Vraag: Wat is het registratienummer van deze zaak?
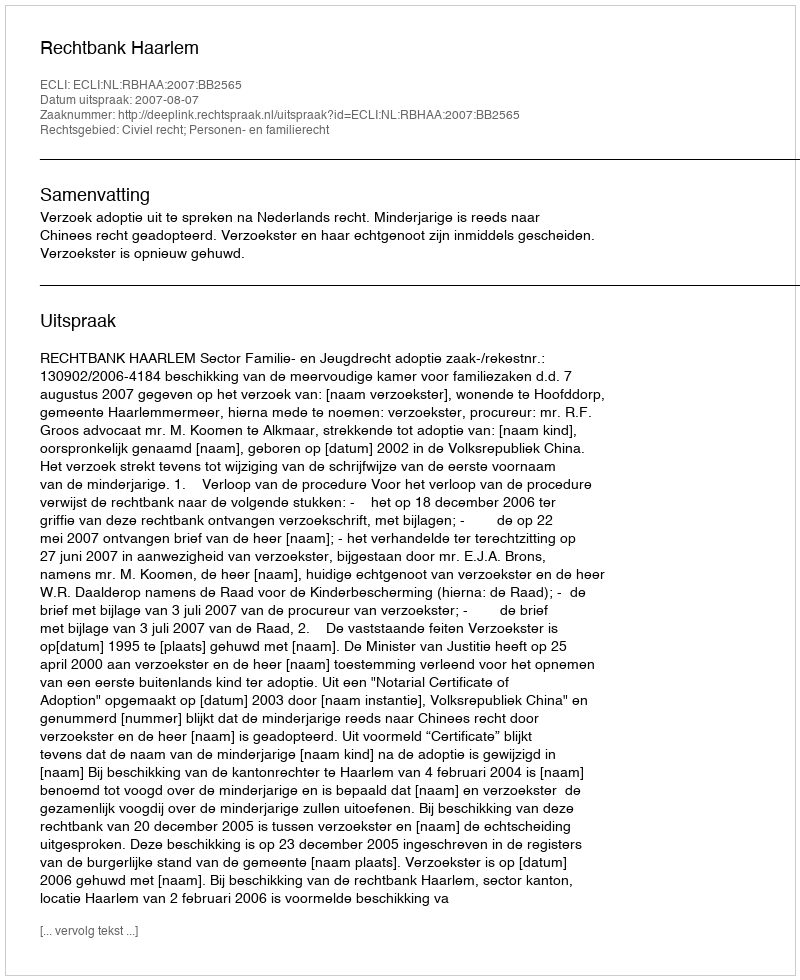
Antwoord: http://deeplink.rechtspraak.nl/uitspraak?id=ECLI:NL:RBHAA:2007:BB2565